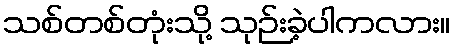
သစ်တစ်တုံးသို့ သုဉ်းခဲ့ပါကလား။